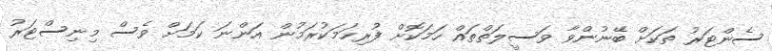
ސެންޓަރު ތަކަށް ބޭނުންވާ ވަސީލަތްތައް ހަމަކޮށް ފުރިހަމަކުރަމުން އަންނަ ކަމަށް ވެސް މިނިސްޓަރު